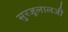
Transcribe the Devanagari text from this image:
सुरजूलालजी